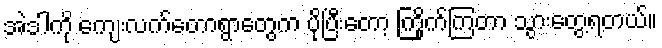
အဲဒါကို ကျေးလက်တောရွာတွေက ပိုပြီးတော့ ကြိုက်ကြတာ သွားတွေ့ရတယ်။